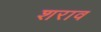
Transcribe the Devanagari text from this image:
शराव